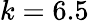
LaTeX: k=6.5